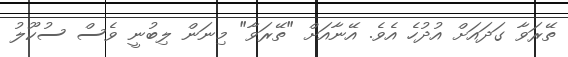
ތޭރަވާ ގަދައަށް އުދުހެ އެވެ. އޭނާއަށް "ތޭރަވާ" މިނަން ލިބުނީ ވެސް ސުކޫލު